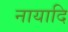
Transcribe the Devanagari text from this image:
नायादि